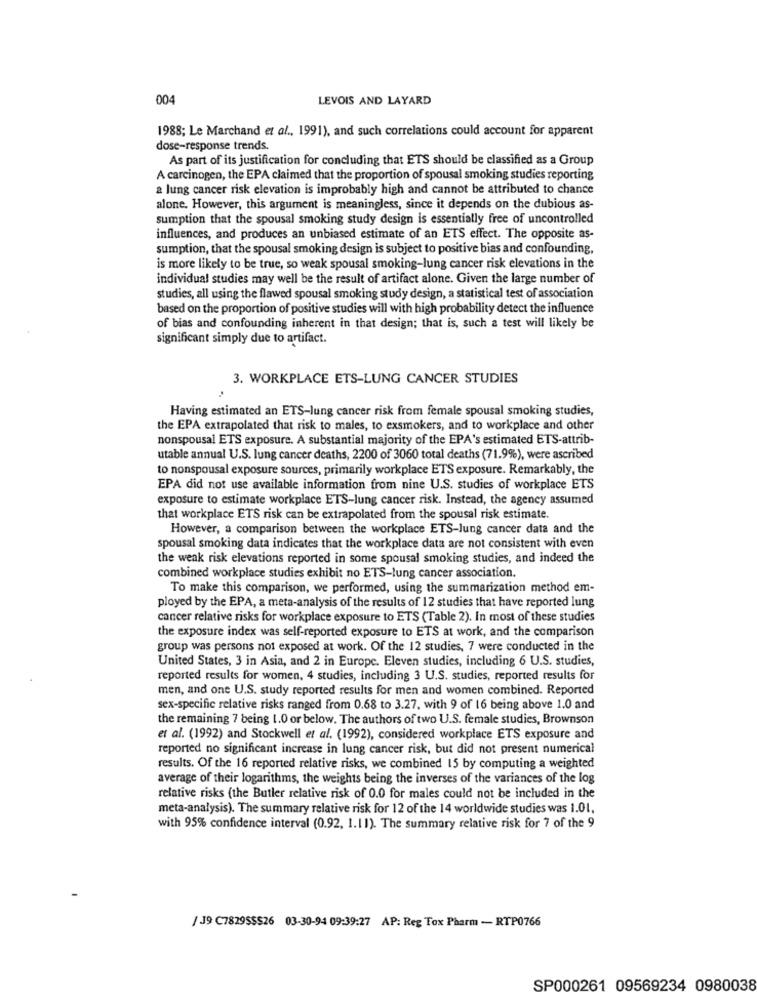
004
LEVOIS AND LAYARD
1988; Le Marchand et al ., 1991), and such correlations could account for apparent
dose-response trends.
As part of its justification for concluding that ETS should be classified as a Group
A carcinogen, the EPA claimed that the proportion of spousal smoking studies reporting
a lung cancer risk elevation is improbably high and cannot be attributed to chance
alone. However, this argument is meaningless, since it depends on the dubious as-
sumption that the spousal smoking study design is essentially free of uncontrolled
influences, and produces an unbiased estimate of an ETS effect. The opposite as-
sumption, that the spousal smoking design is subject to positive bias and confounding,
is more likely to be true, so weak spousal smoking-lung cancer risk elevations in the
individual studies may well be the result of artifact alone. Given the large number of
studies, all using the flawed spousal smoking study design, a statistical test of association
based on the proportion of positive studies will with high probability detect the influence
of bias and confounding inherent in that design; that is, such a test will likely be
significant simply due to artifact.
3. WORKPLACE ETS-LUNG CANCER STUDIES
Having estimated an ETS-lung cancer risk from female spousal smoking studies,
the EPA extrapolated that risk to males, to exsmokers, and to workplace and other
nonspousal ETS exposure. A substantial majority of the EPA's estimated ETS-attrib-
utable annual U.S. lung cancer deaths, 2200 of 3060 total deaths (71.9%), were ascribed
to nonspousal exposure sources, primarily workplace ETS exposure. Remarkably, the
EPA did not use available information from nine U.S. studies of workplace ETS
exposure to estimate workplace ETS-lung cancer risk. Instead, the agency assumed
that workplace ETS risk can be extrapolated from the spousal risk estimate.
However, a comparison between the workplace ETS-lung cancer data and the
spousal smoking data indicates that the workplace data are not consistent with even
the weak risk elevations reported in some spousal smoking studies, and indeed the
combined workplace studies exhibit no ETS-lung cancer association.
To make this comparison, we performed, using the summarization method em-
ployed by the EPA, a meta-analysis of the results of 12 studies that have reported lung
cancer relative risks for workplace exposure to ETS (Table 2). In most of these studies
the exposure index was self-reported exposure to ETS at work, and the comparison
group was persons not exposed at work. Of the 12 studies, 7 were conducted in the
United States, 3 in Asia, and 2 in Europe. Eleven studies, including 6 U.S. studies,
reported results for women, 4 studies, including 3 U.S. studies, reported results for
men, and one U.S. study reported results for men and women combined. Reported
sex-specific relative risks ranged from 0.68 to 3.27, with 9 of 16 being above 1.0 and
the remaining 7 being 1.0 or below. The authors of two U.S. female studies, Brownson
et al. (1992) and Stockwell et al. (1992), considered workplace ETS exposure and
reported no significant increase in lung cancer risk, but did not present numerical
results. Of the 16 reported relative risks, we combined 15 by computing a weighted
average of their logarithms, the weights being the inverses of the variances of the log
relative risks (the Butler relative risk of 0.0 for males could not be included in the
meta-analysis). The summary relative risk for 12 of the 14 worldwide studies was 1.01.
with 95% confidence interval (0.92, 1.11). The summary relative risk for 7 of the 9
/ J9 C78295$$26 03-30-94 09:39:27 AP: Reg Tox Pharm - RTP0766
SP000261 09569234 0980038